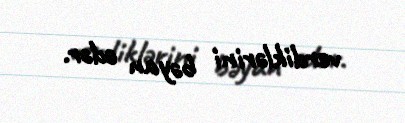
verdiklərini bəyan edər.